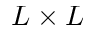
L \times L